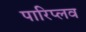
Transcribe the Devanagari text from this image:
पारिप्लव